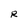
Character: R